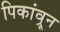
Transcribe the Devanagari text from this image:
पिकांव्रून